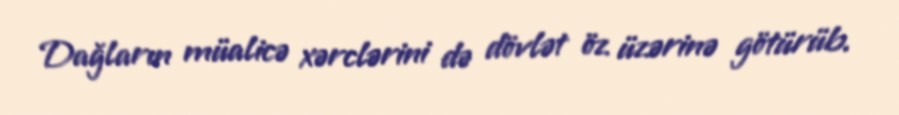
Dağların müalicə xərclərini də dövlət öz üzərinə götürüb.